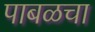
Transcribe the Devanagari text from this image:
पाबळचा